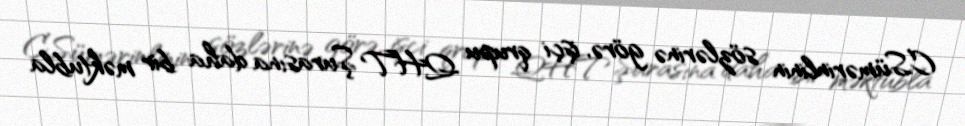
C.Sümərinlinin sözlərinə görə, işçi qrupu QHT Şurasına daha bir məktubla